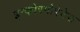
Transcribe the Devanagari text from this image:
इन्कोरपोरेटेड